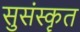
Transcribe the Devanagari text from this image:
सुसंस्कॄत